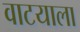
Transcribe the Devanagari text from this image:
वाटयाला